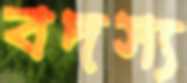
বদস্য